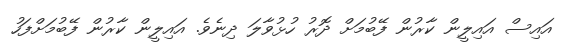
އައިސް އައިލީން ކާރުން ފޭބުމަށް ދޮރު ހުޅުވާލަ ދިނެވެ. އައިލީން ކާރުން ފޭބުމަށްފަހު